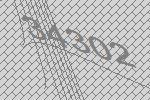
34302